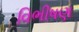
વિભીષણ